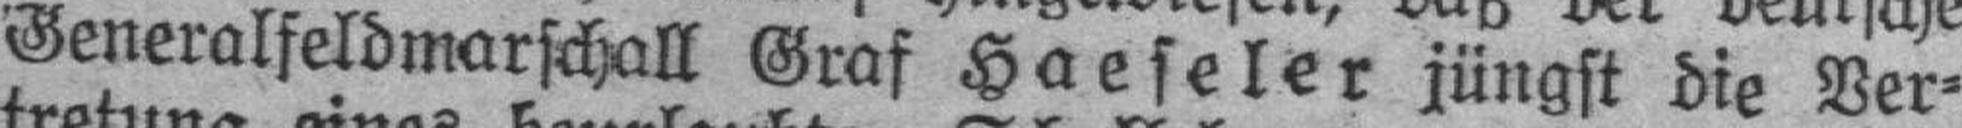
Generalfeldmarschall Graf Haeseler jüngst die Ver¬